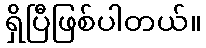
ရှိပြီဖြစ်ပါတယ်။